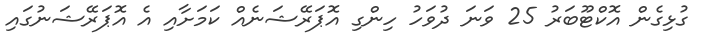
ގުޅިގެން އޮކްޓޫބަރު 25 ވަނަ ދުވަހު ހިންގި އޮޕަރޭޝަނެއް ކަމަށާއި އެ އޮޕަރޭޝަނުގައި